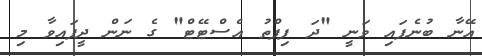
އޭނާ ބުނެފައި ވަނީ "ދަ ފިފްތު އެސްޓޭޓް" ގެ ނަން ދީފައިވާ މި